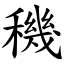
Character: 穖